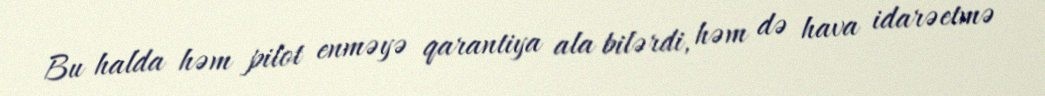
Bu halda həm pilot enməyə qarantiya ala bilərdi, həm də hava idarəetmə